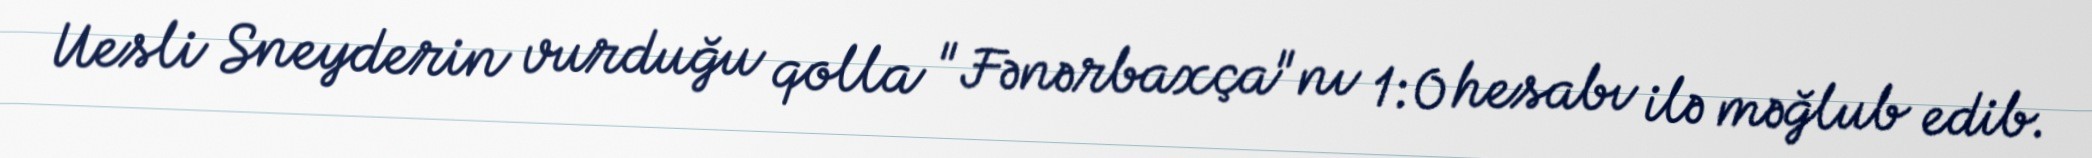
Uesli Sneyderin vurduğu qolla "Fənərbaxça"nı 1:0 hesabı ilə məğlub edib.